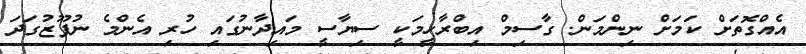
އެއްގޮތަށް ކަމަށް ނިންމަން. ގާސިމް އިބްރާހީމަކީ ސިޔާސީ މައިދާނުގައި ހުރި އެންމެ ނުފޫޒުގަދަ